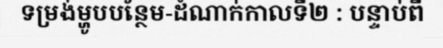
ទម្រង់ម្ហូបបន្ថែម-ដំណាក់កាលទី២ : បន្ទាប់ពី